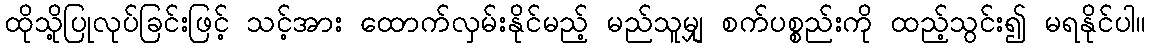
ထိုသို့ပြုလုပ်ခြင်းဖြင့် သင့်အား ထောက်လှမ်းနိုင်မည့် မည်သူမျှ စက်ပစ္စည်းကို ထည့်သွင်း၍ မရနိုင်ပါ။